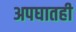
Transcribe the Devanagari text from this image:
अपघातही